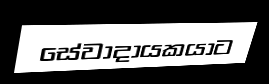
සේවාදායකයාට